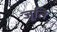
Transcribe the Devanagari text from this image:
जूति